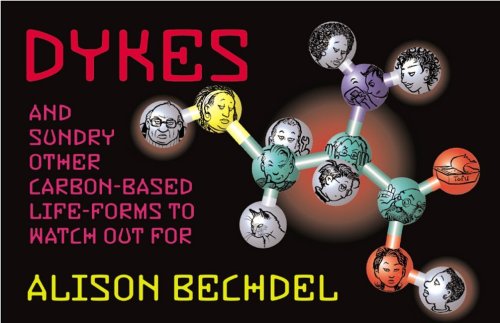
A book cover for Dykes and Sundry Other Carbon-Based Life Forms to Watch Out For; Alison Bechdel; Comics & Graphic Novels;